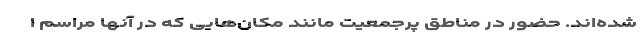
شده‌اند. حضور در مناطق پرجمعیت مانند مکان‌هایی که در آنها مراسم ا